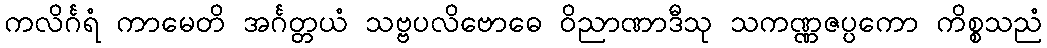
ကလိင်္ဂရံ ကာမေတိ အင်္ဂတ္တယံ သဗ္ဗပလိဗောဓေ ဝိညာဏာဒီသု သကဏ္ဏဇပ္ပကော ကိစ္စသညံ